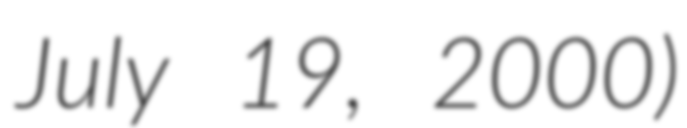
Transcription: July 19, 2000)